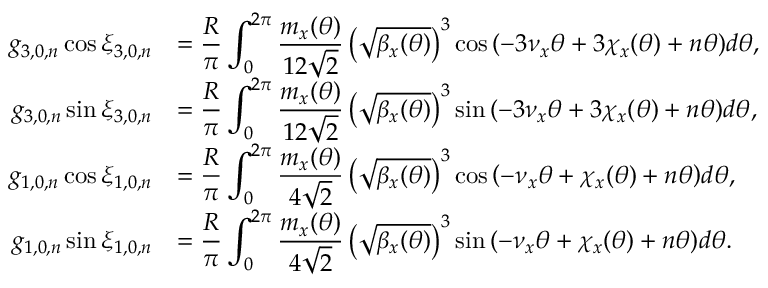
\begin{array} { r l } { \displaystyle g _ { 3 , 0 , n } \cos { \xi _ { 3 , 0 , n } } } & { \displaystyle = \frac { R } { \pi } \int _ { 0 } ^ { 2 \pi } { \frac { m _ { x } ( \theta ) } { 1 2 \sqrt 2 } \left( \sqrt { \beta _ { x } ( \theta ) } \right) ^ { 3 } \cos { \left( - 3 \nu _ { x } \theta + 3 \chi _ { x } ( \theta ) + n \theta \right) } d \theta } , } \\ { \displaystyle g _ { 3 , 0 , n } \sin { \xi _ { 3 , 0 , n } } } & { \displaystyle = \frac { R } { \pi } \int _ { 0 } ^ { 2 \pi } { \frac { m _ { x } ( \theta ) } { 1 2 \sqrt 2 } \left( \sqrt { \beta _ { x } ( \theta ) } \right) ^ { 3 } \sin { \left( - 3 \nu _ { x } \theta + 3 \chi _ { x } ( \theta ) + n \theta \right) } d \theta } , } \\ { \displaystyle g _ { 1 , 0 , n } \cos { \xi _ { 1 , 0 , n } } } & { \displaystyle = \frac { R } { \pi } \int _ { 0 } ^ { 2 \pi } { \frac { m _ { x } ( \theta ) } { 4 \sqrt 2 } \left( \sqrt { \beta _ { x } ( \theta ) } \right) ^ { 3 } \cos { \left( - \nu _ { x } \theta + \chi _ { x } ( \theta ) + n \theta \right) } d \theta } , } \\ { \displaystyle g _ { 1 , 0 , n } \sin { \xi _ { 1 , 0 , n } } } & { \displaystyle = \frac { R } { \pi } \int _ { 0 } ^ { 2 \pi } { \frac { m _ { x } ( \theta ) } { 4 \sqrt 2 } \left( \sqrt { \beta _ { x } ( \theta ) } \right) ^ { 3 } \sin { \left( - \nu _ { x } \theta + \chi _ { x } ( \theta ) + n \theta \right) } d \theta } . } \end{array}